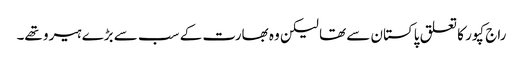
راج کپور کا تعلق پاکستان سے تھا لیکن وہ بھارت کے سب سے بڑے ہیرو تھے۔